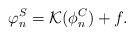
LaTeX: \begin{align*}\varphi_n^S = \mathcal{K} (\phi_n^C) + f.\end{align*}